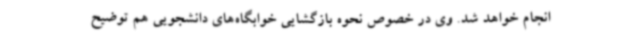
انجام خواهد شد. وی در خصوص نحوه بازگشایی خوابگاه‌های دانشجویی هم توضیح